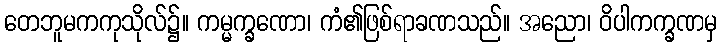
တေဘူမကကုသိုလ်၌။ ကမ္မက္ခဏော၊ ကံ၏ဖြစ်ရာခဏသည်။ အညော၊ ဝိပါကက္ခဏမှ